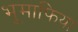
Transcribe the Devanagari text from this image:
भूमाफिया